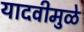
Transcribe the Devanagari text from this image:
यादवीमुळे